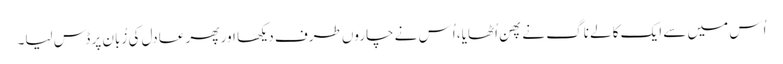
اُس میں سے ایک کالے ناگ نے پھن اُٹھایا، اُس نے چاروں طرف دیکھا اور پھر عادل کی زُبان پر ڈس لیا۔